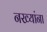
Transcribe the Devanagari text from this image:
नख्यांना